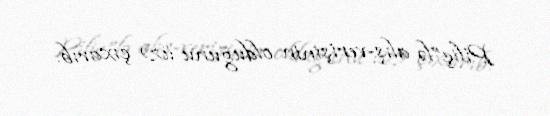
Piliç”lə alış-verişinin olduğunu üzə çıxarıb.